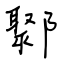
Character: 鄹